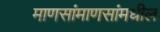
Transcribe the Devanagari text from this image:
माणसांमाणसांमधील